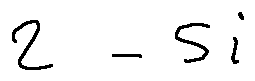
2 - 5 i